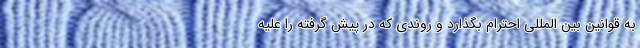
به قوانین بین المللی احترام بگذارد و روندی که در پیش گرفته را علیه